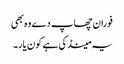
فوران چھاپ دے وہ بھی
یہ مینڈکی ہے کون یار۔